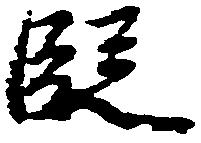
段